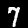
Label: 7